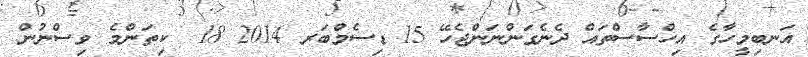
އަނބިމީހާގެ އިހްސާސްތައް ދެނެގަންނަންޖެހޭ 15 ޑިސެމްބަރ 2014 18  ކިތަންމެ ވިސްނުން